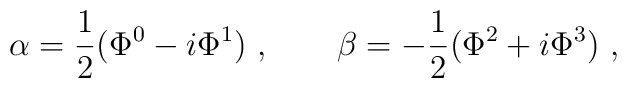
\alpha=\frac12 (\Phi^0-i \Phi^1)\ ,\qquad\beta=-\frac12 (\Phi^2+i \Phi^3)\ ,\qquad